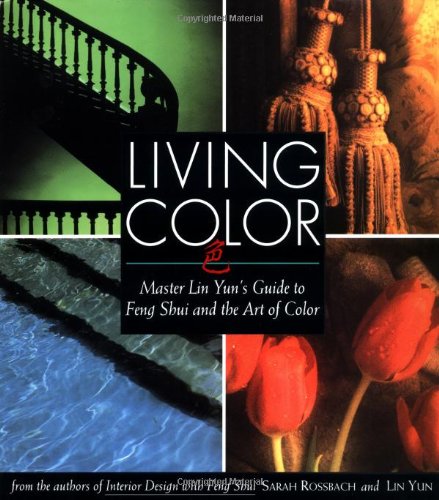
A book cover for Living Color: Master Lin Yuns Guide to Feng Shui and the Art of Color; Sarah Rossbach; Religion & Spirituality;